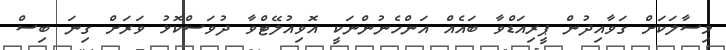
މިސާލަކަށް ގަވާއިދުން ޕީރިއަޑްވާ ބައެއް އަންހެނުންނަކީ އޮވިއުލޭޓްވާ ދުވަސްކޮޅު ވަރަށް ގިނަ ބިސް